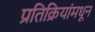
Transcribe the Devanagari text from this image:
प्रतिक्रियांमधून